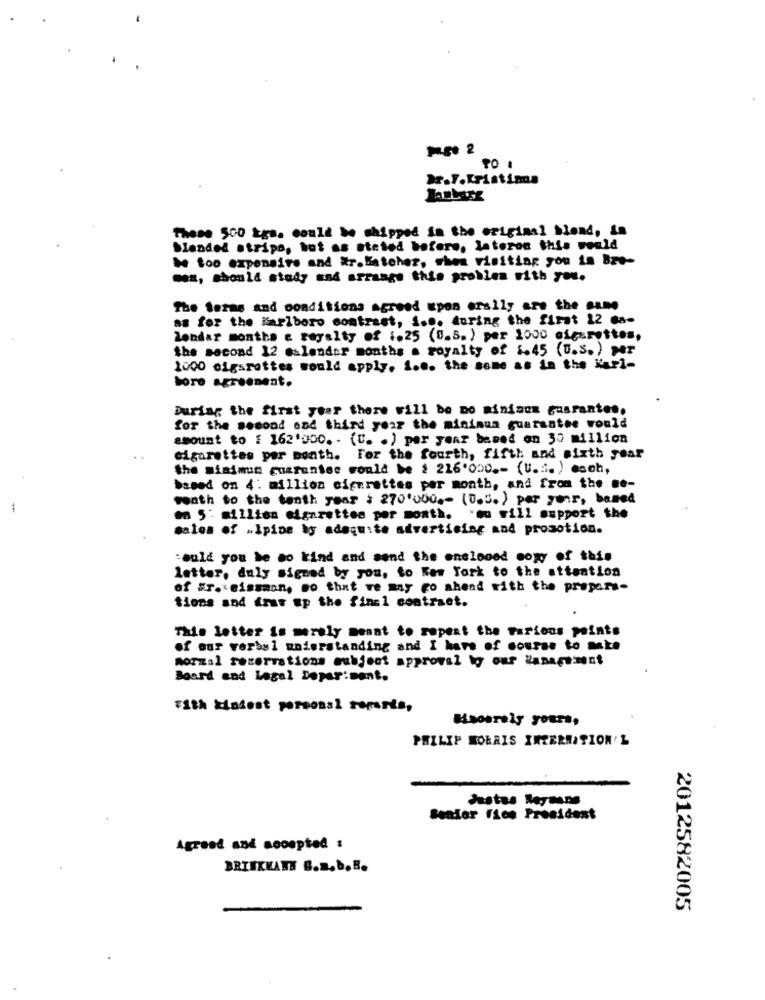
TO ,
Dr.F.Kristina
These 500 kgs. could be shipped in the original blond, in
blended strips, hot as stated before, lateron this would
be too expensive and #r.Batcher, when visiting you in Bro-
com, should study and arrange this problem with you.
The terms and conditions agreed upon orslly are the same
as for the Marlboro contract, i.e. during the first 12 ca-
lendar months e royalty of 1.25 (0.5.) per 1000 cigarettes,
the second 12 @slender months a royalty of 1.45 (U.s.) >
1000 siggrottes would apply. 1.0. the same as in the Karl-
boro agreement.
During the first year there will be no miniann gusrantes.
for the second ond third year the minimum guarantee would
amount to : 162'000. - (U. . ) per year based on 35 million
cigarettes per month. For the fourth, fifth and wirth year
the minimum guarantee would be # 216'000 .- (U.S. ) esch,
based on 4: million cigarettes per month, and from the me-
weath to the tenth year : 270'000 .- (0.5.) per year, based
on 5: million cigarettes por month. 'mu will support the
sales of .Ipine by adequite advertising and promotion.
could you be so kind and send the enclosed copy of this
letter, duly signed by you, to New York to the attention
of #r. Bissmon, so that we may go ahead with the prepare-
tions and drus up the final contract.
This letter is merely meant to repeat the Farions points
of our verbal understanding and I have of course to make
morzal reservations subject approval by our Management
Board and Legal Department.
with kindest personal reports,
Bisoerely yours,
PHILIP MORRIS INTERNATION L
Justus Reymans
Senior Vice President
Agreed and sooopted :
BRIEKKANN G.Z.b.B.
2012582005